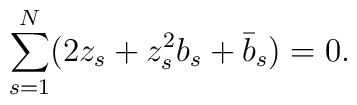
\sum_{s=1}^{N}(2z_{s}+z_{s}^{2}b_{s}+\bar{b}_{s})=0.